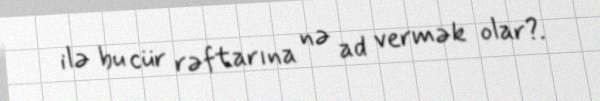
ilə bu cür rəftarına nə ad vermək olar?.